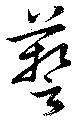
藝